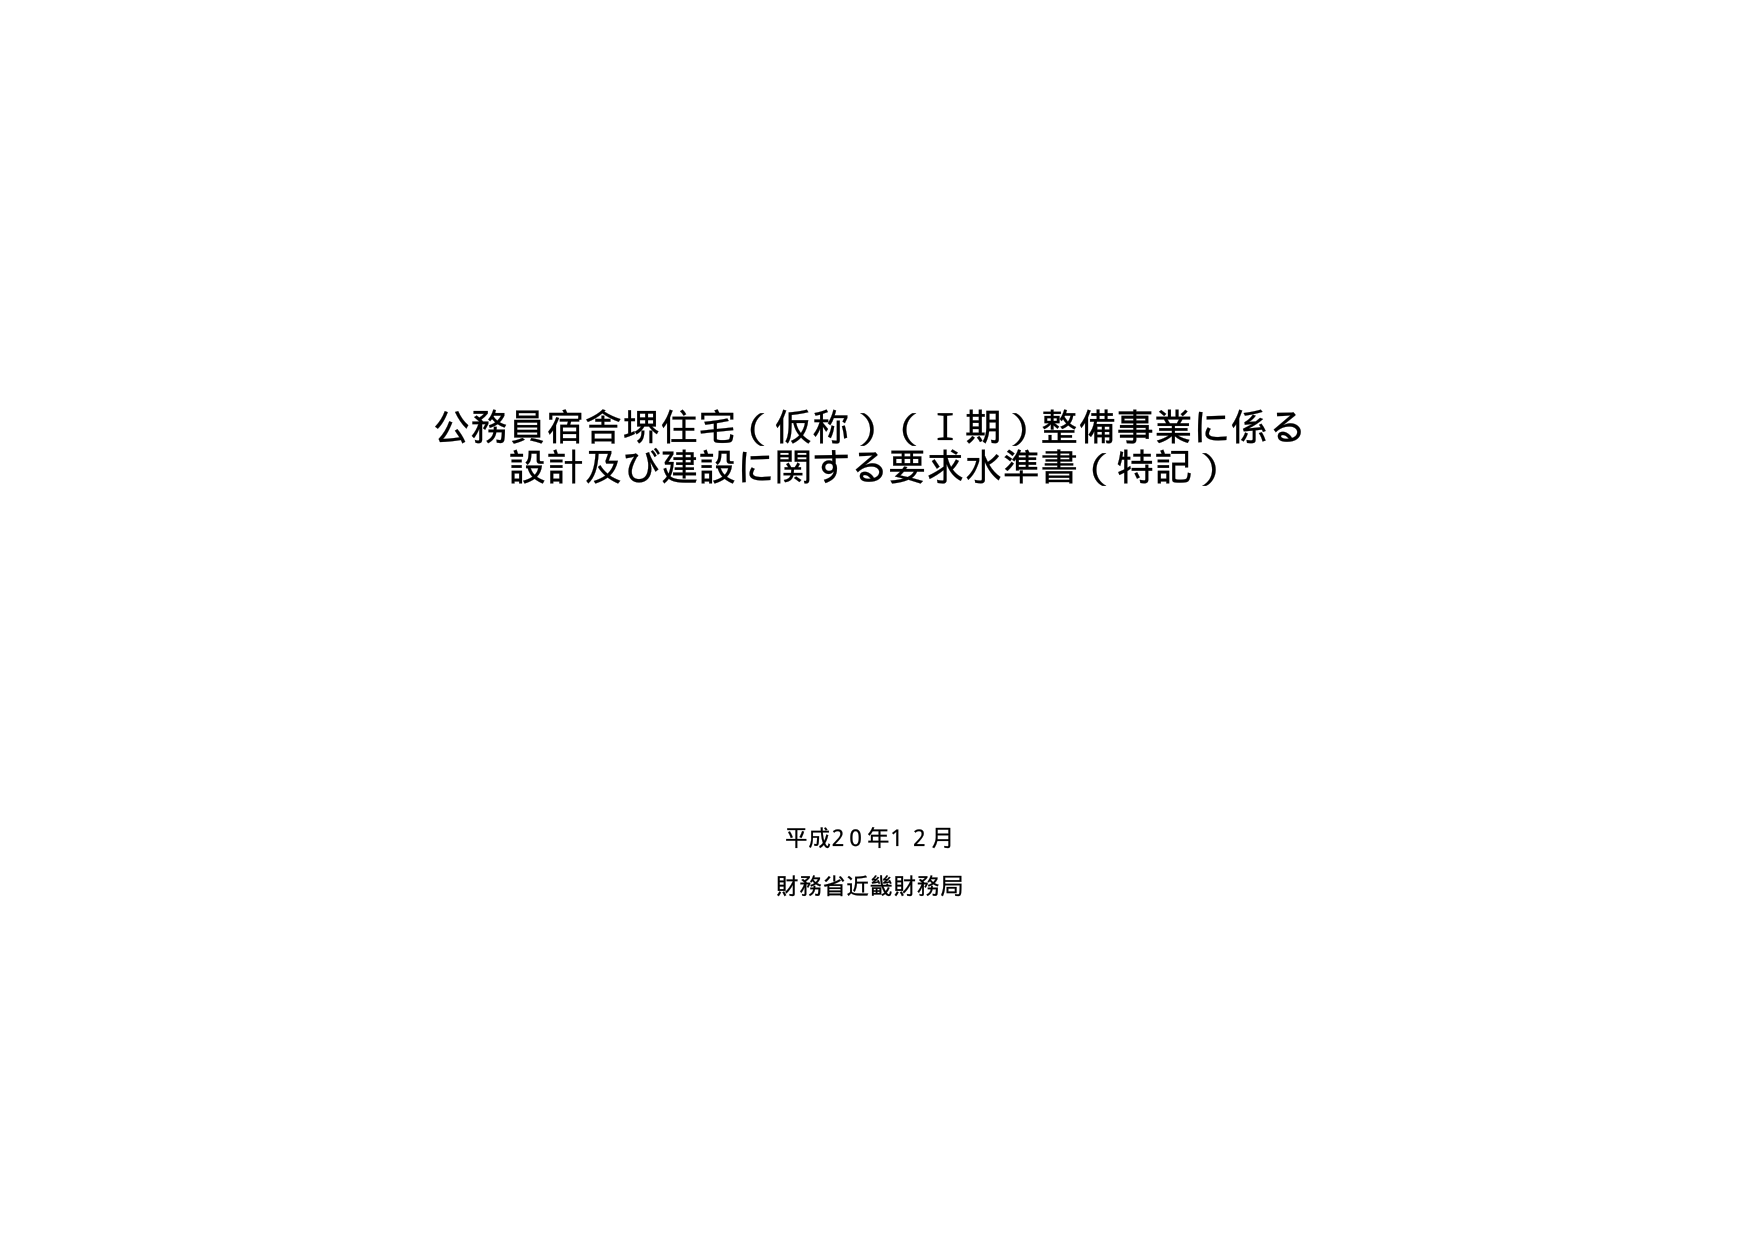
公務員宿舎堺住宅（仮称）（Ⅰ期）整備事業に係る
設計及び建設に関する要求水準書（特記）

平成20年12月
財務省近畿財務局